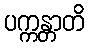
ပက္ကန္တာတိ